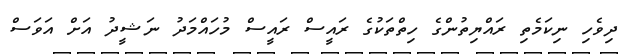
ދިވެހި ނިކަމެތި ރައްޔިތުންގެ ހިތްތަކުގެ ރައީސް ރައީސް މުހައްމަދު ނަޝީދު އަށް އަވަސް